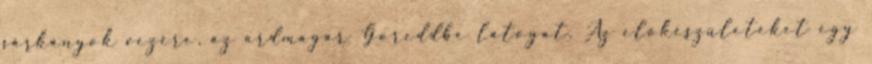
sárkányok vezére, az ardmagar Goreddbe látogat. Az előkészületeket egy